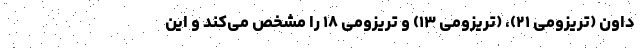
داون (تریزومی ۲۱)، (تریزومی ۱۳) و تریزومی ۱۸ را مشخص می‌کند و این